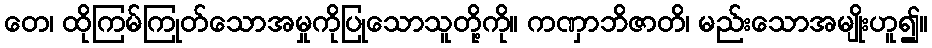
တေ၊ ထိုကြမ်ကြုတ်သောအမှုကိုပြုသောသူတို့ကို။ ကဏှာဘိဇာတိ၊ မည်းသောအမျိုးဟူ၍။